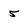
Character: 5